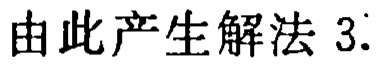
由此产生解法 3.